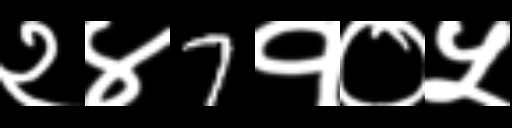
Text: २४7१०५